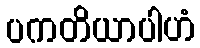
ပကတိယာပါဟံ